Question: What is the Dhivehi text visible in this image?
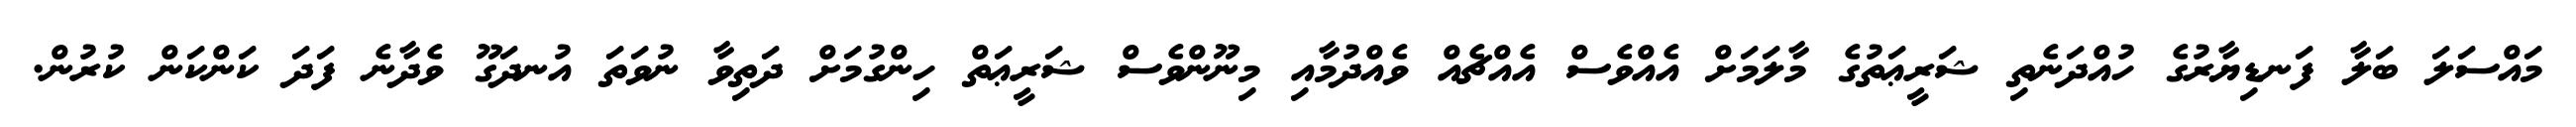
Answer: މައްސަލަ ބަލާ ފަނޑިޔާރުގެ ހުއްދަނެތި ޝަރީޢަތުގެ މާލަމަށް އެއްވެސް އެއްޗެއް ވެއްދުމާއި މިނޫންވެސް ޝަރީޢަތް ހިންގުމަށް ދަތިވާ ނުވަތަ އުނދަގޫ ވެދާނެ ފަދަ ކަންކަން ކުރުން.